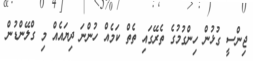
ޖިންސީ ގުޅުން ހިންގުމުގެ ތެރޭގައި ތެތް ކަމެއް ހުންނަ ދިޔައެއް މި ގްލޭންޑުން